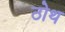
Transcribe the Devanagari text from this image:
ठोथ